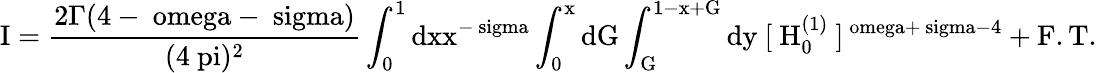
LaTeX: \mathrm{I=\frac{2\Gamma(4-\ omega-\ sigma)}{(4\ pi)^{2}}\int_{0}^{1}dxx^{-\ sigma}\int_{0}^{x}dG\int_{G}^{1-x+G}dy~[~H_{0}^{(1)}~]^{\ omega+\ sigma-4}+F.T.}